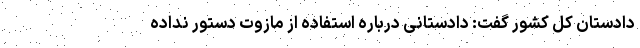
دادستان کل کشور گفت: دادستانی درباره استفاده از مازوت دستور نداده